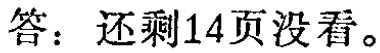
答：还剩14页没看。